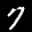
Label: 7